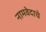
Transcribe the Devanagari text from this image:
नामवेदाचे